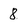
Character: 8